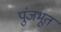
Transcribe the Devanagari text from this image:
पुंजभूत